Civil Veterinary Dept. Bombay admin report 1907-1913 - 1907-1913
Year: 1907
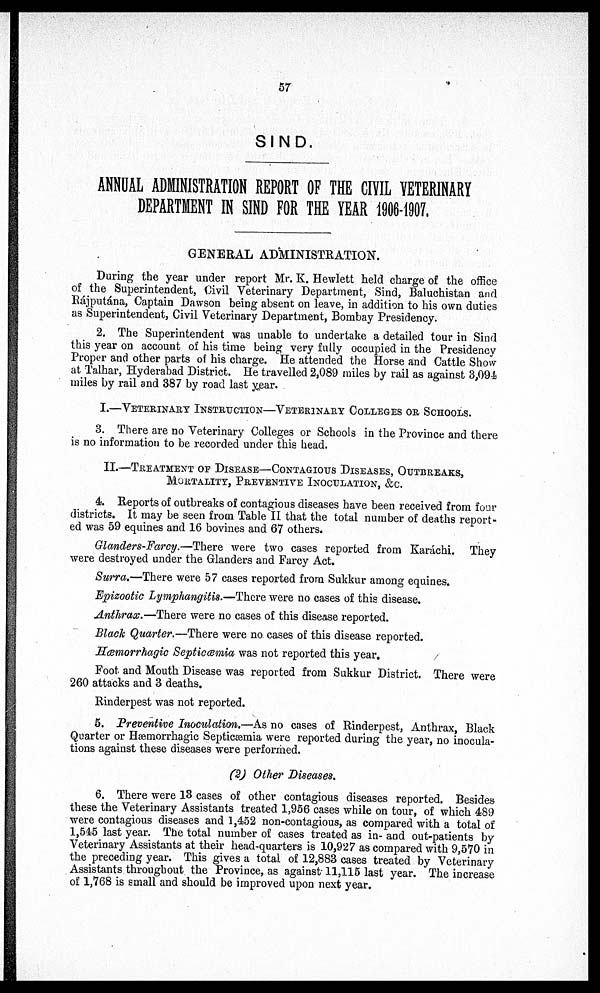
57
SIND.
ANNUAL ADMNISTRATION REPORT OF THE CIVIL VETERINARY
DEPARTMENT IN SIND FOR THE YEAR 1906-1907.
GENERAL ADMINISTRATION.
During the year under report Mr. K. Hewlett held charge of the office
of the Superintendent, Civil Veterinary Department, Sind, Baluchistan and
Rájputána, Captain Dawson being absent on leave, in addition to his own duties
as Superintendent, Civil Veterinary Department, Bombay Presidency.
2. The Superintendent was unable to undertake a detailed tour in Sind
this year on account of his time being very fully occupied in the Presidency
Proper and other parts of his charge. He attended the Horse and Cattle Show
at Talhar, Hyderabad District. He travelled 2,089 miles by rail as against 3,09-1
miles by rail and 387 by road last year.
I.—VETERINARY INSTRUCTION—VETERINARY COLLEGES OR SCHOOLS.
3. There are no Veterinary Colleges or Schools in the Province and there
is no information to be recorded under this head.
II.—TREATMENT OF DISEASE—CONTAGIOUS DISEASES, OUTBREAKS,
MORTALITY, PREVENTIVE INOCULATION, & C.
4. Reports of outbreaks of contagious diseases have been received from four
districts. It may be seen from Table II that the total number of deaths report-
ed was 59 equines and 16 bovines and 67 others.
Glanders-Farcy.—There were two cases reported from Karachi. They
were destroyed under the Glanders and Farcy Act.
Surra,—There were 57 cases reported from Sukkur among equines.
Epizootic Lymphangitis.—There were no cases of this disease.
Anthrax.—There were no cases of this disease reported.
Black Quarter.—There were no cases of this disease reported.
Sæmorrhagic Septicæmia was not reported this year.
Foot and Mouth Disease was reported from Sukkur District. There were
260 attacks and 3 deaths.
Rinderpest was not reported.
5. Preventive Inoculation.—As no cases of Rinderpest, Anthrax, Black
Quarter or Hæmorrhagic Septicæmia were reported during the year, no inocula-
tions against these diseases were performed.
(2) Other Diseases.
6. There were 13 cases of other contagious diseases reported. Besides
these the Veterinary Assistants treated 1,956 cases while on tour, of which 489
were contagious diseases and 1,452 non-contagious, as compared with a total of
1,545 last year. The total number of cases treated as in- and out-patients by
Veterinary Assistants at their head-quarters is 10,927 as compared with 9,570 in
the preceding year. This gives a total of 12,883 cases treated by Veterinary
Assistants throughout the Province, as against 11,115 last year. The increase
of 1,768 is small and should be improved upon next year.